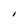
Character: I